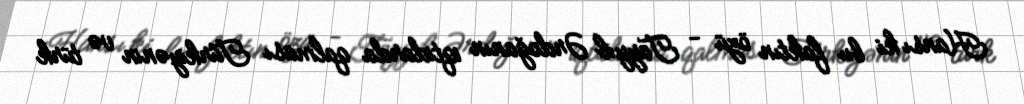
Hansı ki bu faktın özü - Tayyib Ərdoğanın iqtidarda qalması Türkiyənin və türk